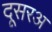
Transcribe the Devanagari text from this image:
दूसरअ